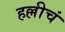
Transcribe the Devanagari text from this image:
हल्लीचं